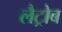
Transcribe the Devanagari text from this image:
लैट्रोब